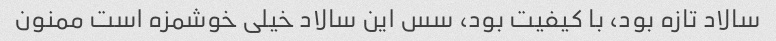
سالاد تازه بود، با کیفیت بود، سس این سالاد خیلی خوشمزه است ممنون